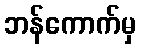
ဘန်ကောက်မှ